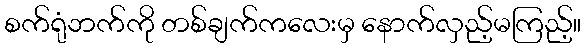
စက်ရုံဘက်ကို တစ်ချက်ကလေးမှ နောက်လှည့်မကြည့်။